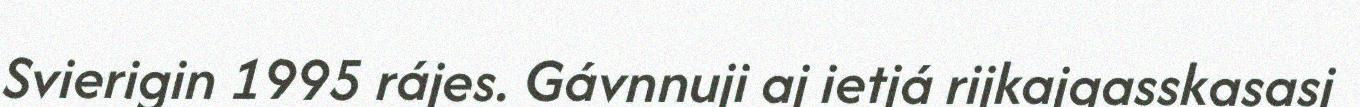
Svierigin 1995 rájes. Gávnnuji aj ietjá rijkajgasskasasj